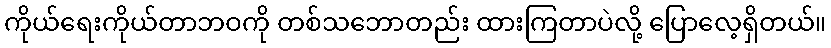
ကိုယ်ရေးကိုယ်တာဘဝကို တစ်သဘောတည်း ထားကြတာပဲလို့ ပြောလေ့ရှိတယ်။